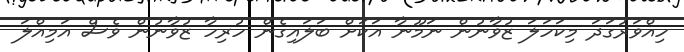
ހިއްވަރުގަދަ މިކަހަލަ ޒުވާނުން ނަމޫނާ އަކަށް ބަލައިގެން ހުރިހާ ޒުވާނުން ވެސް އަމިއްލަ